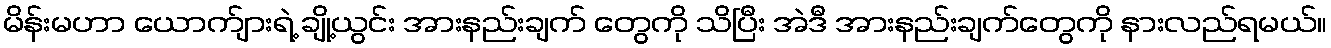
မိန်းမဟာ ယောက်ျားရဲ့ ချို့ယွင်း အားနည်းချက် တွေကို သိပြီး အဲဒီ အားနည်းချက်တွေကို နားလည်ရမယ်။